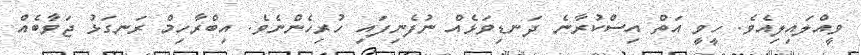
ވީއްލައިލިއެވެ. ހީވީ އަތް އިސްކުރާނެ ދަނޑިވަޅެއް ނުފެނިފައި ހުރިހެންނެވެ. އިބްރާހިމް ރަނގަޅު ޖަވާބެއް